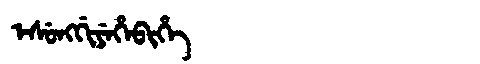
Manchu: ᡝᠰᡠᠩᡤᡳᠶᡝᡥᡝᠪᡳᡥᡝ
Romanization: ESUNGGIYEHEBIHE